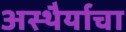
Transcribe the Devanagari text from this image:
अस्थैर्याचा